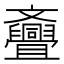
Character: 斖